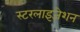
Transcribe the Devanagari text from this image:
स्टरलाइजेशन